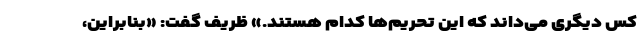
کس دیگری می‌داند که این تحریم‌ها کدام هستند.» ظریف گفت: «بنابراین،